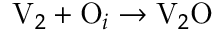
\mathrm { V } _ { 2 } + \mathrm { O } _ { i } \to \mathrm { V } _ { 2 } \mathrm { O }